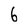
Character: 6